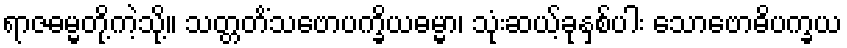
ရာဇဓမ္မတို့ကဲ့သို့။ သတ္တတိံသဗောပက္ခိယဓမ္မာ၊ သုံးဆယ့်ခုနှစ်ပါး သောဗောဓိပက္ခယ